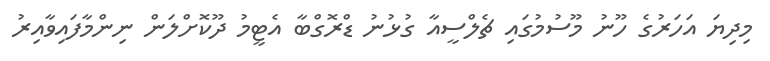
މިދިޔަ އަހަރުގެ ހޫނު މޫސުމުގައި ޗެލްސީއާ ގުޅުނު ޑްރޮގްބާ އެޓީމު ދޫކޮށްލަން ނިންމާފައިވާއިރު